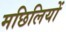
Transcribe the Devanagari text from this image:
मछिलियों